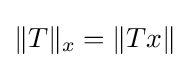
\|T\|_{x}=\|Tx\|